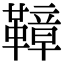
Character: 𩌬